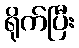
ရိုက်ပြီး